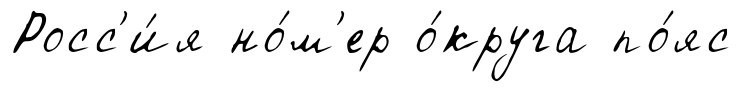
Росс'и́я но́м'ер о́круга по́яс